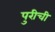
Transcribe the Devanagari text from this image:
पुरीची